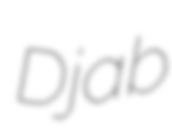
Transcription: Djab